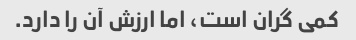
کمی گران است، اما ارزش آن را دارد.